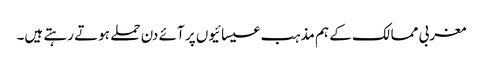
مغربی ممالک کے ہم مذہب عیسائیوں پر آئے دن حملے ہوتے رہتے ہیں۔